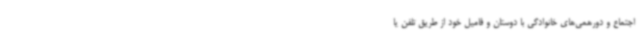
اجتماع و دورهمی‌های خانوادگی با دوستان و فامیل خود از طریق تلفن یا